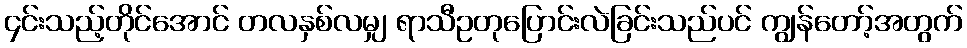
၄င်းသည့်တိုင်အောင် တလနှစ်လမျှ ရာသီဥတုပြောင်းလဲခြင်းသည်ပင် ကျွန်တော့်အတွက်